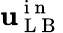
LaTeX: \mathbf{u}_{\mathrm{~L~B~}}^{\mathrm{~i~n~}}